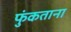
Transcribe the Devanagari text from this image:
फुंकताना